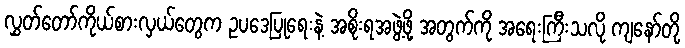
လွှတ်တော်ကိုယ်စားလှယ်တွေက ဥပဒေပြုရေးနဲ့ အစိုးရအဖွဲ့ဖို့ အတွက်ကို အရေးကြီးသလို ကျနော်တို့